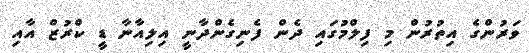
ވަރުންގެ އިތުރުން މި ފިލްމުގައި ދެން ފެނިގެންދާނީ އިލިއާނާ ޑީ ކްރުޒް އާއި